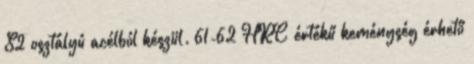
S2 osztályú acélból készül. 61-62 HRC értékű keménység érhető